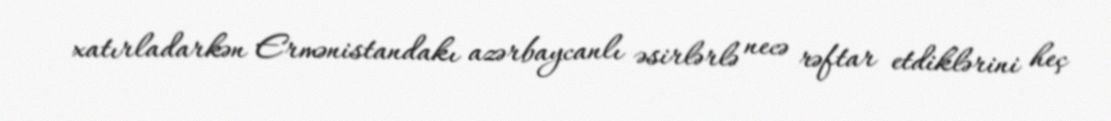
xatırladarkən Ermənistandakı azərbaycanlı əsirlərlə necə rəftar etdiklərini heç